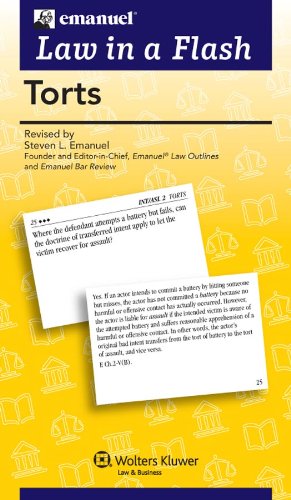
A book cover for Law in a Flash: Torts; Steven L. Emanuel; Law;